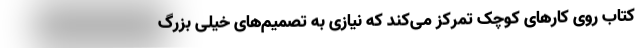
کتاب روی کارهای کوچک تمرکز می‌کند که نیازی به تصمیم‌های خیلی بزرگ